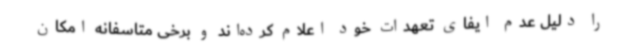
را دلیل عدم ایفای تعهدات خود اعلام کرده‌اند و برخی متاسفانه امکان